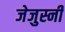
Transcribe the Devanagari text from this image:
जेजुस्नी